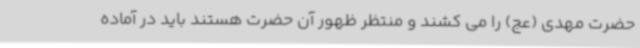
حضرت مهدی (عج) را می کشند و منتظر ظهور آن حضرت هستند باید در آماده